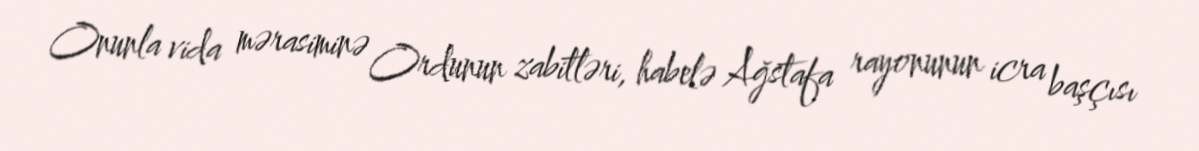
Onunla vida mərasiminə Ordunun zabitləri, habelə Ağstafa rayonunun icra başçısı